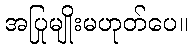
အပြုမျိုးမဟုတ်ပေ။